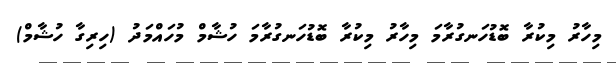
މިހާރު މިކުރާ ބޮޑުހަނގުރާމަ މިހާރު މިކުރާ ބޮޑުހަނގުރާމަ ހުޝާމް މުހައްމަދު (ހިރިގާ ހުޝާމް)